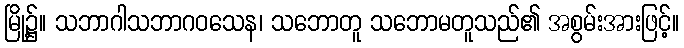
မြို့၌။ သဘာဂါသဘာဂဝသေန၊ သဘောတူ သဘောမတူသည်၏ အစွမ်းအားဖြင့်။